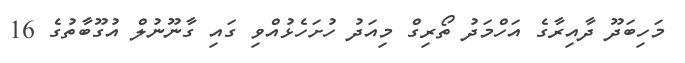
މަހިބަދޫ ދާއިރާގެ އަހްމަދު ތޯރިގް މިއަދު ހުށަހެޅުއްވި ގައި ގާނޫނުލް އުގޫބާތުގެ 16